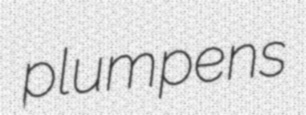
plumpens